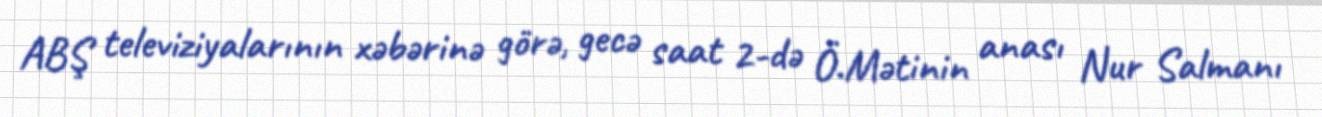
ABŞ televiziyalarının xəbərinə görə, gecə saat 2-də Ö.Mətinin anası Nur Salmanı